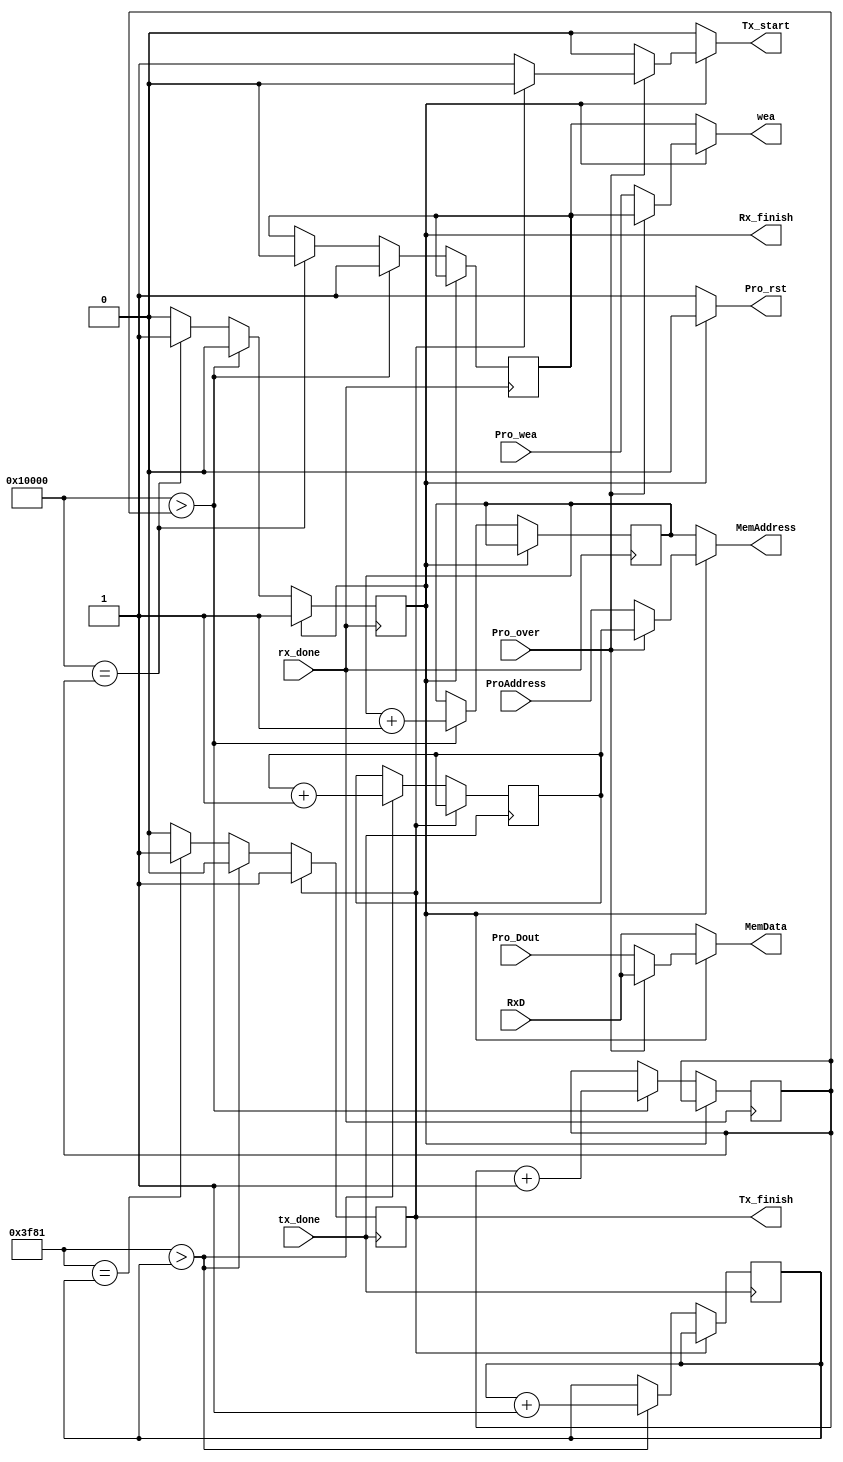
`timescale 1ns / 1ps
//////////////////////////////////////////////////////////////////////////////////
// Company: 
// 
// Design Name: 
// Module Name:    Address_controller 
// Project Name: 
// Target Devices: 
// Tool versions: 
// Description: 
//
// Dependencies: 
//
// Revision: 
// Revision 0.01 - File Created
// Additional Comments: 
//
//////////////////////////////////////////////////////////////////////////////////
module Address_controller(
	input rx_done,tx_done,Pro_over,
	input [7:0] RxD,
	input Pro_wea,
	input [7:0] Pro_Dout,
	input [17:0] ProAddress,
	output reg [17:0] MemAddress,
	output reg [7:0] MemData,
	output reg Pro_rst,
	output reg wea,
	output reg Tx_start,
	output reg Rx_finish=1'b0,
	output reg Tx_finish=1'b0
    );
	
	localparam iba= 18'd7; //in begin address
	localparam oba= 18'd7; //out begin address
	localparam size= 18'd65536; 
	localparam out_size= 18'd16257;
	reg u_wea=1'b1;
	reg [17:0] Rcounter= 18'd1;
	reg [17:0] Tcounter= 18'd1;
	reg [17:0] Rxaddress=18'd7;
	reg [17:0] Txaddress=18'd65543;
	
	//Receiver addressing
	always @(posedge rx_done)
	begin
		if (~Rx_finish) begin
			if (size>Rcounter) begin
				u_wea=1'b1;
				Rxaddress=Rxaddress+1;
				Rcounter=Rcounter+1; end
			else if (size==Rcounter) begin
				Rx_finish=1'b1;
				u_wea=1'b0; end
			end
	end
	
	//Transmitter addressing
	always @(posedge tx_done) 
	begin
		if (~Tx_finish) begin
			if (out_size>Tcounter) begin
				Txaddress=Txaddress+1;
				Tcounter=Tcounter+1; end
			else if (out_size==Tcounter)
				Tx_finish=1'b1;
		end
	end

	//Final assignments
	always@(Rx_finish or Tx_finish or Pro_over or Rxaddress or RxD or u_wea or ProAddress or Pro_Dout or Pro_wea or Txaddress)
	begin
		if(~Rx_finish) //Recieving img
			begin 
				MemAddress=Rxaddress;
				MemData=RxD;
				wea=u_wea;
				Tx_start=0;
				Pro_rst=1;
			end
		else if(~Pro_over) //Processing
			begin
				MemAddress=ProAddress;
				MemData=Pro_Dout;
				wea=Pro_wea;
				Tx_start=0;
				Pro_rst=0;
			end
		else if(~Tx_finish) //Transmitting
			begin 
				MemAddress=Txaddress;
				MemData=RxD;
				wea=u_wea;
				Tx_start=1;
				Pro_rst=0;
			end
		else  //Over
			begin
				MemAddress=Txaddress;
				MemData=RxD;
				wea=u_wea;
				Tx_start=0;
				Pro_rst=0;
			end
	end

endmodule